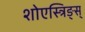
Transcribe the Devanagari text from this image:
शोएस्त्रिङ्स्